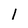
Character: 1